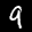
Digit: 9